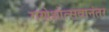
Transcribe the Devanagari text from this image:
गणेशोत्सवानंतर